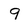
Character: 9